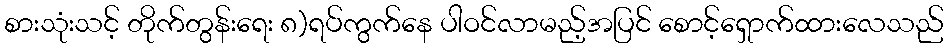
စားသုံးသင့် တိုက်တွန်းရေး ၈)ရပ်ကွက်နေ ပါဝင်လာမည့်အပြင် စောင့်ရှောက်ထားလေသည်